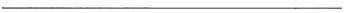
___